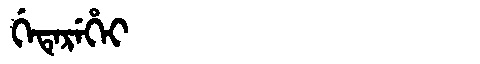
Manchu: ᡤᡝᡨᡝᡵᡝᡥᡝᡳ
Romanization: GETEREHEI